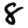
Digit: 8